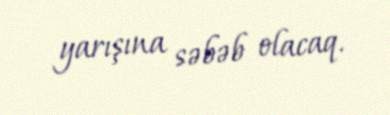
yarışına səbəb olacaq.